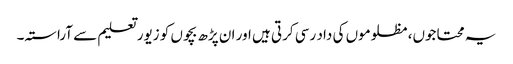
یہ محتاجوں، مظلوموں کی داد رسی کرتی ہیں اور ان پڑھ بچوں کو زیور تعلیم سے آراستہ۔